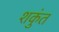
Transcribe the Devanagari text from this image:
शकुंत